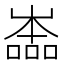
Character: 𡴩